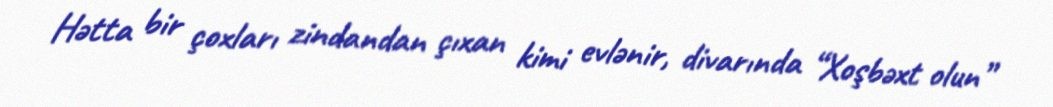
Hətta bir çoxları zindandan çıxan kimi evlənir, divarında “Xoşbəxt olun”